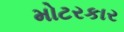
મોટરકાર